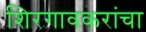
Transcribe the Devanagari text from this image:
शिरगावकरांचा